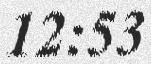
12:53